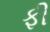
ફી